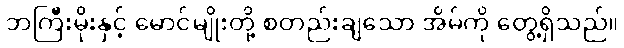
ဘကြီးမိုးနှင့် မောင်မျိုးတို့ စတည်းချသော အိမ်ကို တွေ့ရှိသည်။